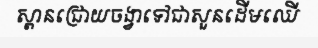
ស្ពានជ្រោយចង្វាទៅជាសួនដើមឈើ